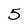
Character: 5